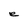
Character: e